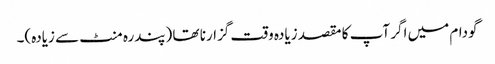
گودام میں اگر آپ کا مقصد زیادہ وقت گزارنا تھا (پندرہ منٹ سے زیادہ)۔